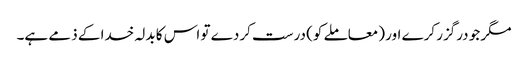
مگر جو درگزر کرے اور (معاملے کو) درست کردے تو اس کا بدلہ خدا کے ذمے ہے۔